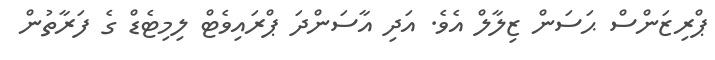
ޕްރިޒަންސް ޙަސަން ޒިލާލް އެވެ. އަދި އާސަންދަ ޕްރައިވެޓް ލިމިޓެޑް ގެ ފަރާތުން